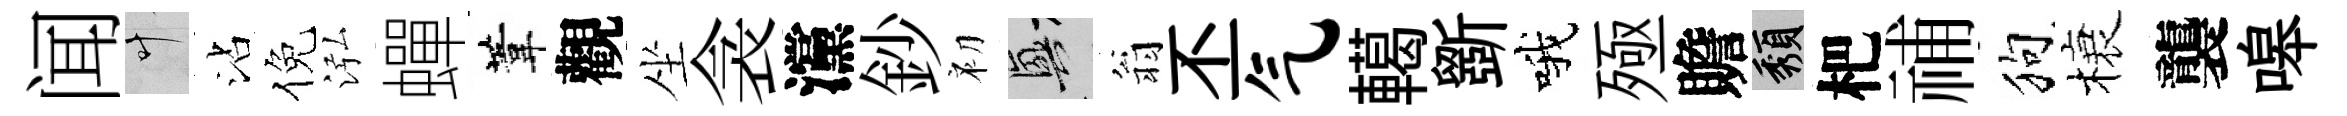
闻叶沾倪泓蟬葦觀坐衾灙鈔初興翁丕气轕斵哦殛贍頽杷𥙷狗榱襲嗥